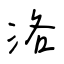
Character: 洛